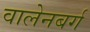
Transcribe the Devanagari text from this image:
वालेनबर्ग